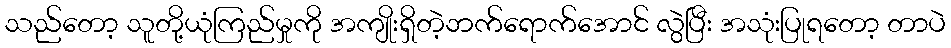
သည်တော့ သူတို့ယုံကြည်မှုကို အကျိုးရှိတဲ့ဘက်ရောက်အောင် လွဲပြီး အသုံးပြုရတော့ တာပဲ